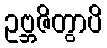
ဥဗ္ဘဇိတွာပိ